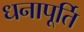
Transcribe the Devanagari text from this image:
धनापूर्ति